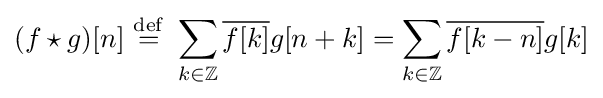
(f\star g)[n]\ {\stackrel {\mathrm {def} }{=}}\ \sum _{k\in \mathbb {Z} }{\overline {f[k]}}g[n+k]=\sum _{k\in \mathbb {Z} }{\overline {f[k-n]}}g[k]